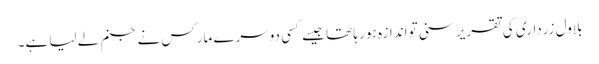
بلاول زرداری کی تقریر سنی تو اندازہ ہو رہا تھا جیسے کسی دوسرے مارکس نے جنم لے لیا ہے۔